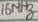
Text: 16Mhz